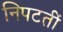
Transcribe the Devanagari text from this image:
निपटतीं